system: You are a helpful assistant.
user:
Analyze the provided spectrum to determine if it is a **S-type Star**.

- **Key Indicators for S-type Star:**

    - **(Overall Spectrum Shape):** The first and most obvious characteristic is the overall continuum (the "baseline" shape). It is **extremely "red-sloping,"** meaning the flux (light intensity) is very low on the left side (blue, ~4000-4500 Å) and rises steeply and continuously toward the right side (red, ~7000 Å+).

    - **(Primary):** The spectrum is defined by the presence of strong, broad molecular absorption "valleys" (bands) from **Zirconium Oxide (ZrO)**. The identification of these bands is the **primary requirement** for classifying a star as S-type.
        - **(Key Bandheads):** You must find distinct, deep "dips" where the light has been absorbed. The most critical band systems to locate are:
            - **~6474 Å** ($\gamma$-system): This is often the strongest and clearest ZrO feature, found in the red part of the spectrum.
            - **~5718 Å** & **~5551 Å** ($\beta$-system): A pair of prominent absorption features in the yellow-orange part of the spectrum.
            - **~4640 Å** ($\alpha$-system): A key absorption band system in the blue-green region of the spectrum.

    - **(Secondary Confirmation):** The classification is strengthened by finding additional absorption bands from other related heavy element oxides, which are expected to be present alongside ZrO.
        - **(Key Bandheads):**
            - **Yttrium Oxide (YO):** Look for absorption dips near **~4800 Å** and **~6100 Å**.
            - **Lanthanum Oxide (LaO):** Additional absorption features, particularly in the red-orange part of the spectrum, are also characteristic.

    - **(Line Profile):** The combination of the steep red continuum and these numerous, deep molecular bands (ZrO, YO, etc.) gives the entire spectrum a very **"chopped-up"** or **"bumpy"** appearance. Instead of a smooth curve, the spectrum looks as though large, wide chunks of light have been "carved out" of it at the specific wavelengths listed above.

Think first, call **spectral_visualization_tool** if needed to examine features in detail, then provide your final answer. Your response must adhere to the following strict rules:
1.  **Overall Structure:** Your response must follow the format `<think>...</think> <tool_call>...</tool_call> (if a tool is used) <answer>...</answer>`.
2.  **Tool Usage Constraint:** You may only make **one** tool call per turn.
3.  **Final Answer Format:** In the `<answer>` tag, your conclusion must be inside a `\boxed{}` command (e.g., `\boxed{YES}` or `\boxed{NO}`), followed by your justification.

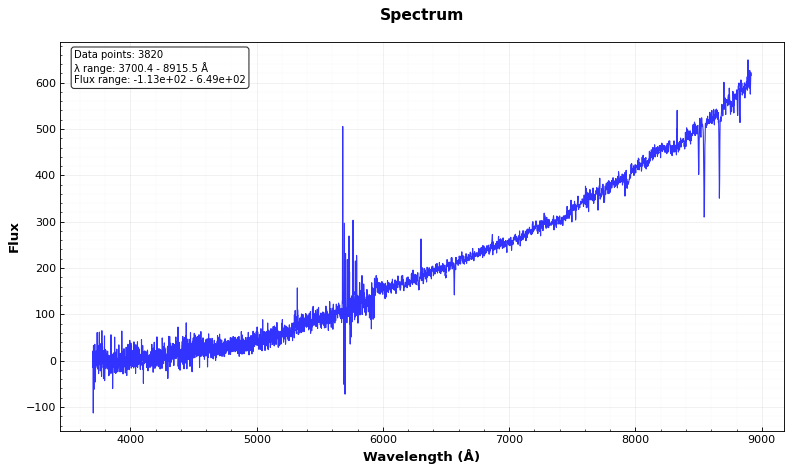
Answer: NO